Vaccination North-Western Provinces 1866-1877 - 1866-1877
Year: 1866
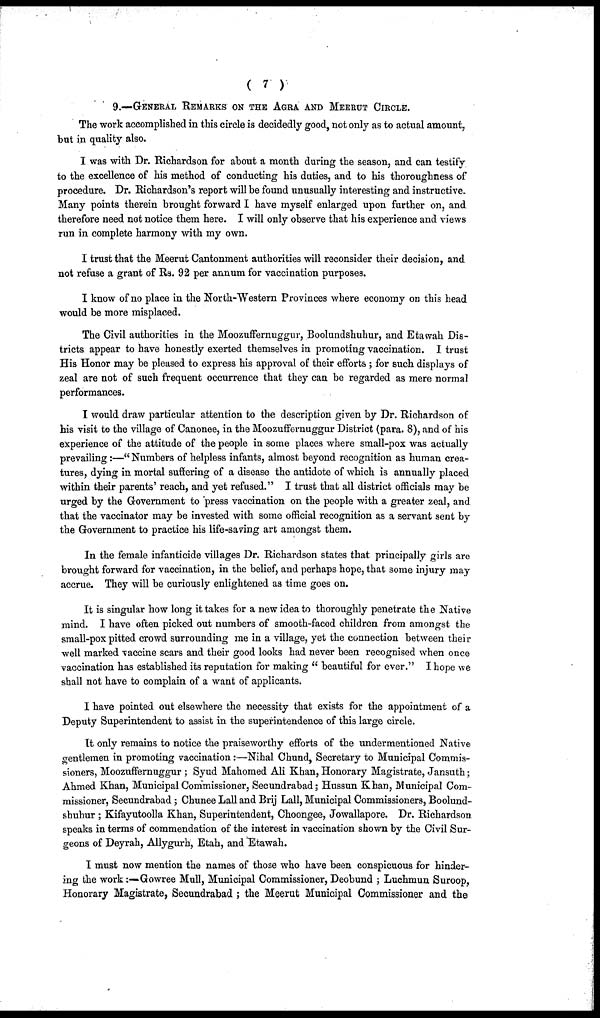
( 7 )
9.—GENERAL REMARKS ON THE AGRA AND MEERUT CIRCLE.
The work accomplished in this circle is decidedly good, not only as to actual amount,
but in quality also.
I was with Dr. Richardson for about a month during the season, and can testify
to the excellence of his method of conducting his duties, and to his thoroughness of
procedure. Dr. Richardson's report will be found unusually interesting and instructive.
Many points therein brought forward I have myself enlarged upon further on, and
therefore need not notice them here. I will only observe that his experience and views
run in complete harmony with my own.
I trust that the Meerut Cantonment authorities will reconsider their decision, and
not refuse a grant of Rs. 92 per annum for vaccination purposes.
I know of no place in the North-Western Provinces where economy on this head
would be more misplaced.
The Civil authorities in the Moozuffernuggur, Boolundshuhur, and Etawah Dis-
tricts appear to have honestly exerted themselves in promoting vaccination. I trust
His Honor may be pleased to express his approval of their efforts ; for such displays of
zeal are not of such frequent occurrence that they can be regarded as mere normal
performances.
I would draw particular attention to the description given by Dr. Richardson of
his visit to the village of Canonee, in the Moozuffernuggur District (para. 8), and of his
experience of the attitude of the people in some places where small-pox was actually
prevailing :—" Numbers of helpless infants, almost beyond recognition as human crea-
tures, dying in mortal suffering of a disease the antidote of which is annually placed
within their parents' reach, and yet refused." I trust that all district officials may be
urged by the Government to press vaccination on the people with a greater zeal, and
that the vaccinator may be invested with some official recognition as a servant sent by
the Government to practice his life-saving art amongst them.
In the female infanticide villages Dr. Richardson states that principally girls are
brought forward for vaccination, in the belief, and perhaps hope, that some injury may
accrue. They will be curiously enlightened as time goes on.
It is singular how long it takes for a new idea to thoroughly penetrate the Native
mind. I have often picked out numbers of smooth-faced children from amongst the
small-pox pitted crowd surrounding me in a village, yet the connection between their
well marked vaccine scars and their good looks had never been recognised when once
vaccination has established its reputation for making " beautiful for ever." I hope we
shall not have to complain of a want of applicants.
I have pointed out elsewhere the necessity that exists for the appointment of a
Deputy Superintendent to assist in the superintendence of this large circle.
It only remains to notice the praiseworthy efforts of the undermentioned Native
gentlemen in promoting vaccination:—Nihal Chund, Secretary to Municipal Commis-
sioners, Moozuffernuggur ; Syud Mahomed Ali Khan, Honorary Magistrate, Jansuth;
Ahmed Khan, Municipal Commissioner, Secundrabad; Hussun Khan, Municipal Com-
missioner, Secundrabad ; Chunee Lall and Brij Lall, Municipal Commissioners, Boolund-
shuhur ; Kifayutoolla Khan, Superintendent, Choongee, Jowallapore. Dr. Richardson
speaks in terms of commendation of the interest in vaccination shown by the Civil Sur-
geons of Deyrah, Allygurh, Etah, and Etawah.
I must now mention the names of those who have been conspicuous for hinder-
ing the work:—Gowree Mull, Municipal Commissioner, Deobund ; Luchmun Suroop,
Honorary Magistrate, Secundrabad ; the Meerut Municipal Commissioner and the